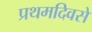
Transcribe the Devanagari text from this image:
प्रथमदिवसे